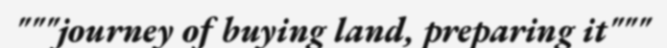
"""journey of buying land, preparing it"""